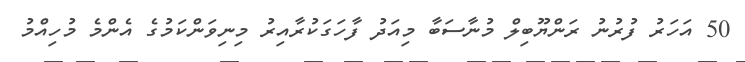
50 އަހަރު ފުރުނު ރަންޔޫބިލް މުނާސަބާ މިއަދު ފާހަގަކުރާއިރު މިނިވަންކަމުގެ އެންމެ މުހިއްމު